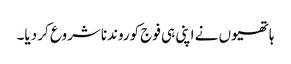
ہاتھیوں نے اپنی ہی فوج کوروندناشروع کر دیا۔